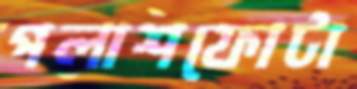
পলাশফোটা